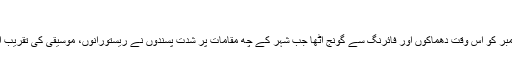
13 نومبر 2015، فرانس
فرانس کا دارالحکومت 13 نومبر کو اس وقت دھماکوں اور فائرنگ سے گونج اٹھا جب شہر کے چھ مقامات پر شدت پسندوں نے ریستورانوں، موسیقی کی تقریب اور فٹبال سٹیڈیم کو نشانہ بنایا۔